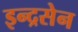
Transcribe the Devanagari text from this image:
इन्द्रसेन